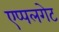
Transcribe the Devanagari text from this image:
एप्पलगेट